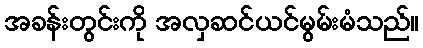
အခန်းတွင်းကို အလှဆင်ယင်မွမ်းမံသည်။